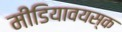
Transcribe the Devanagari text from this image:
मीडियावयस्क